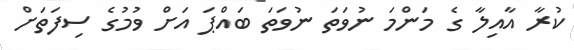
ކުރާ އާއިލާ ގެ މަންމަ ނުވަތަ ނުވަތަ ބައްޕަ އަށް ވުމުގެ ސިފަތަށް